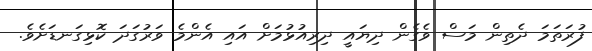
ފުރަތަމަ ދެތިން މަސް ވެގެން ދިޔައީ ދިރިއުޅުމަށް އައި އެންމެ ވަރުގަދަ ކޮޅިގަނޑަށެވެ.